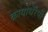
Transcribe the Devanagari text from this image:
क्रायोथेरैपी